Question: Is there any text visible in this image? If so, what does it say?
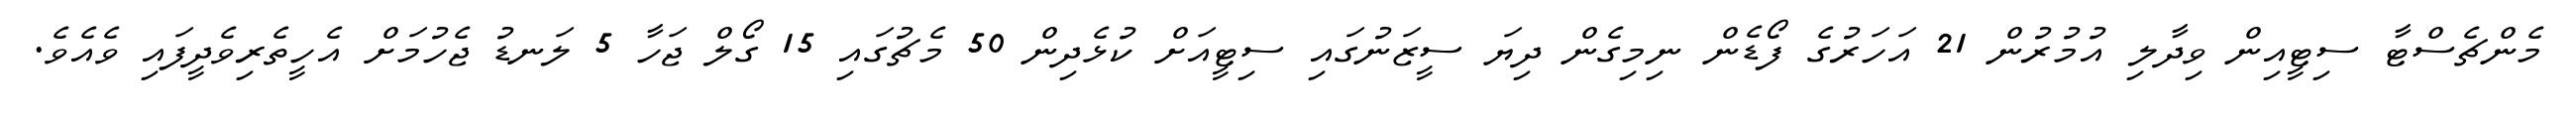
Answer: މެންޗެސްޓާ ސިޓީއިން ވިދާލި އުމުރުން 21 އަހަރުގެ ފޯޑެން ނިމިގެން ދިޔަ ސީޒަނުގައި ސިޓީއަށް ކުޅެދިން 50 މެޗުގައި 15 ގޯލް ޖަހާ 5 ލަނޑު ޖެހުމަށް އެހީތެރިވެދީފައި ވެއެވެ.